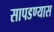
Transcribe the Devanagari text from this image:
सापडण्यास